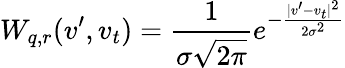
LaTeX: W_{q,r}(v^{\prime},v_{t})=\frac{1}{\sigma\sqrt{2\pi}}e^{-\frac{|v^{\prime}-v_{t}|^{2}}{2\sigma^{2}}}